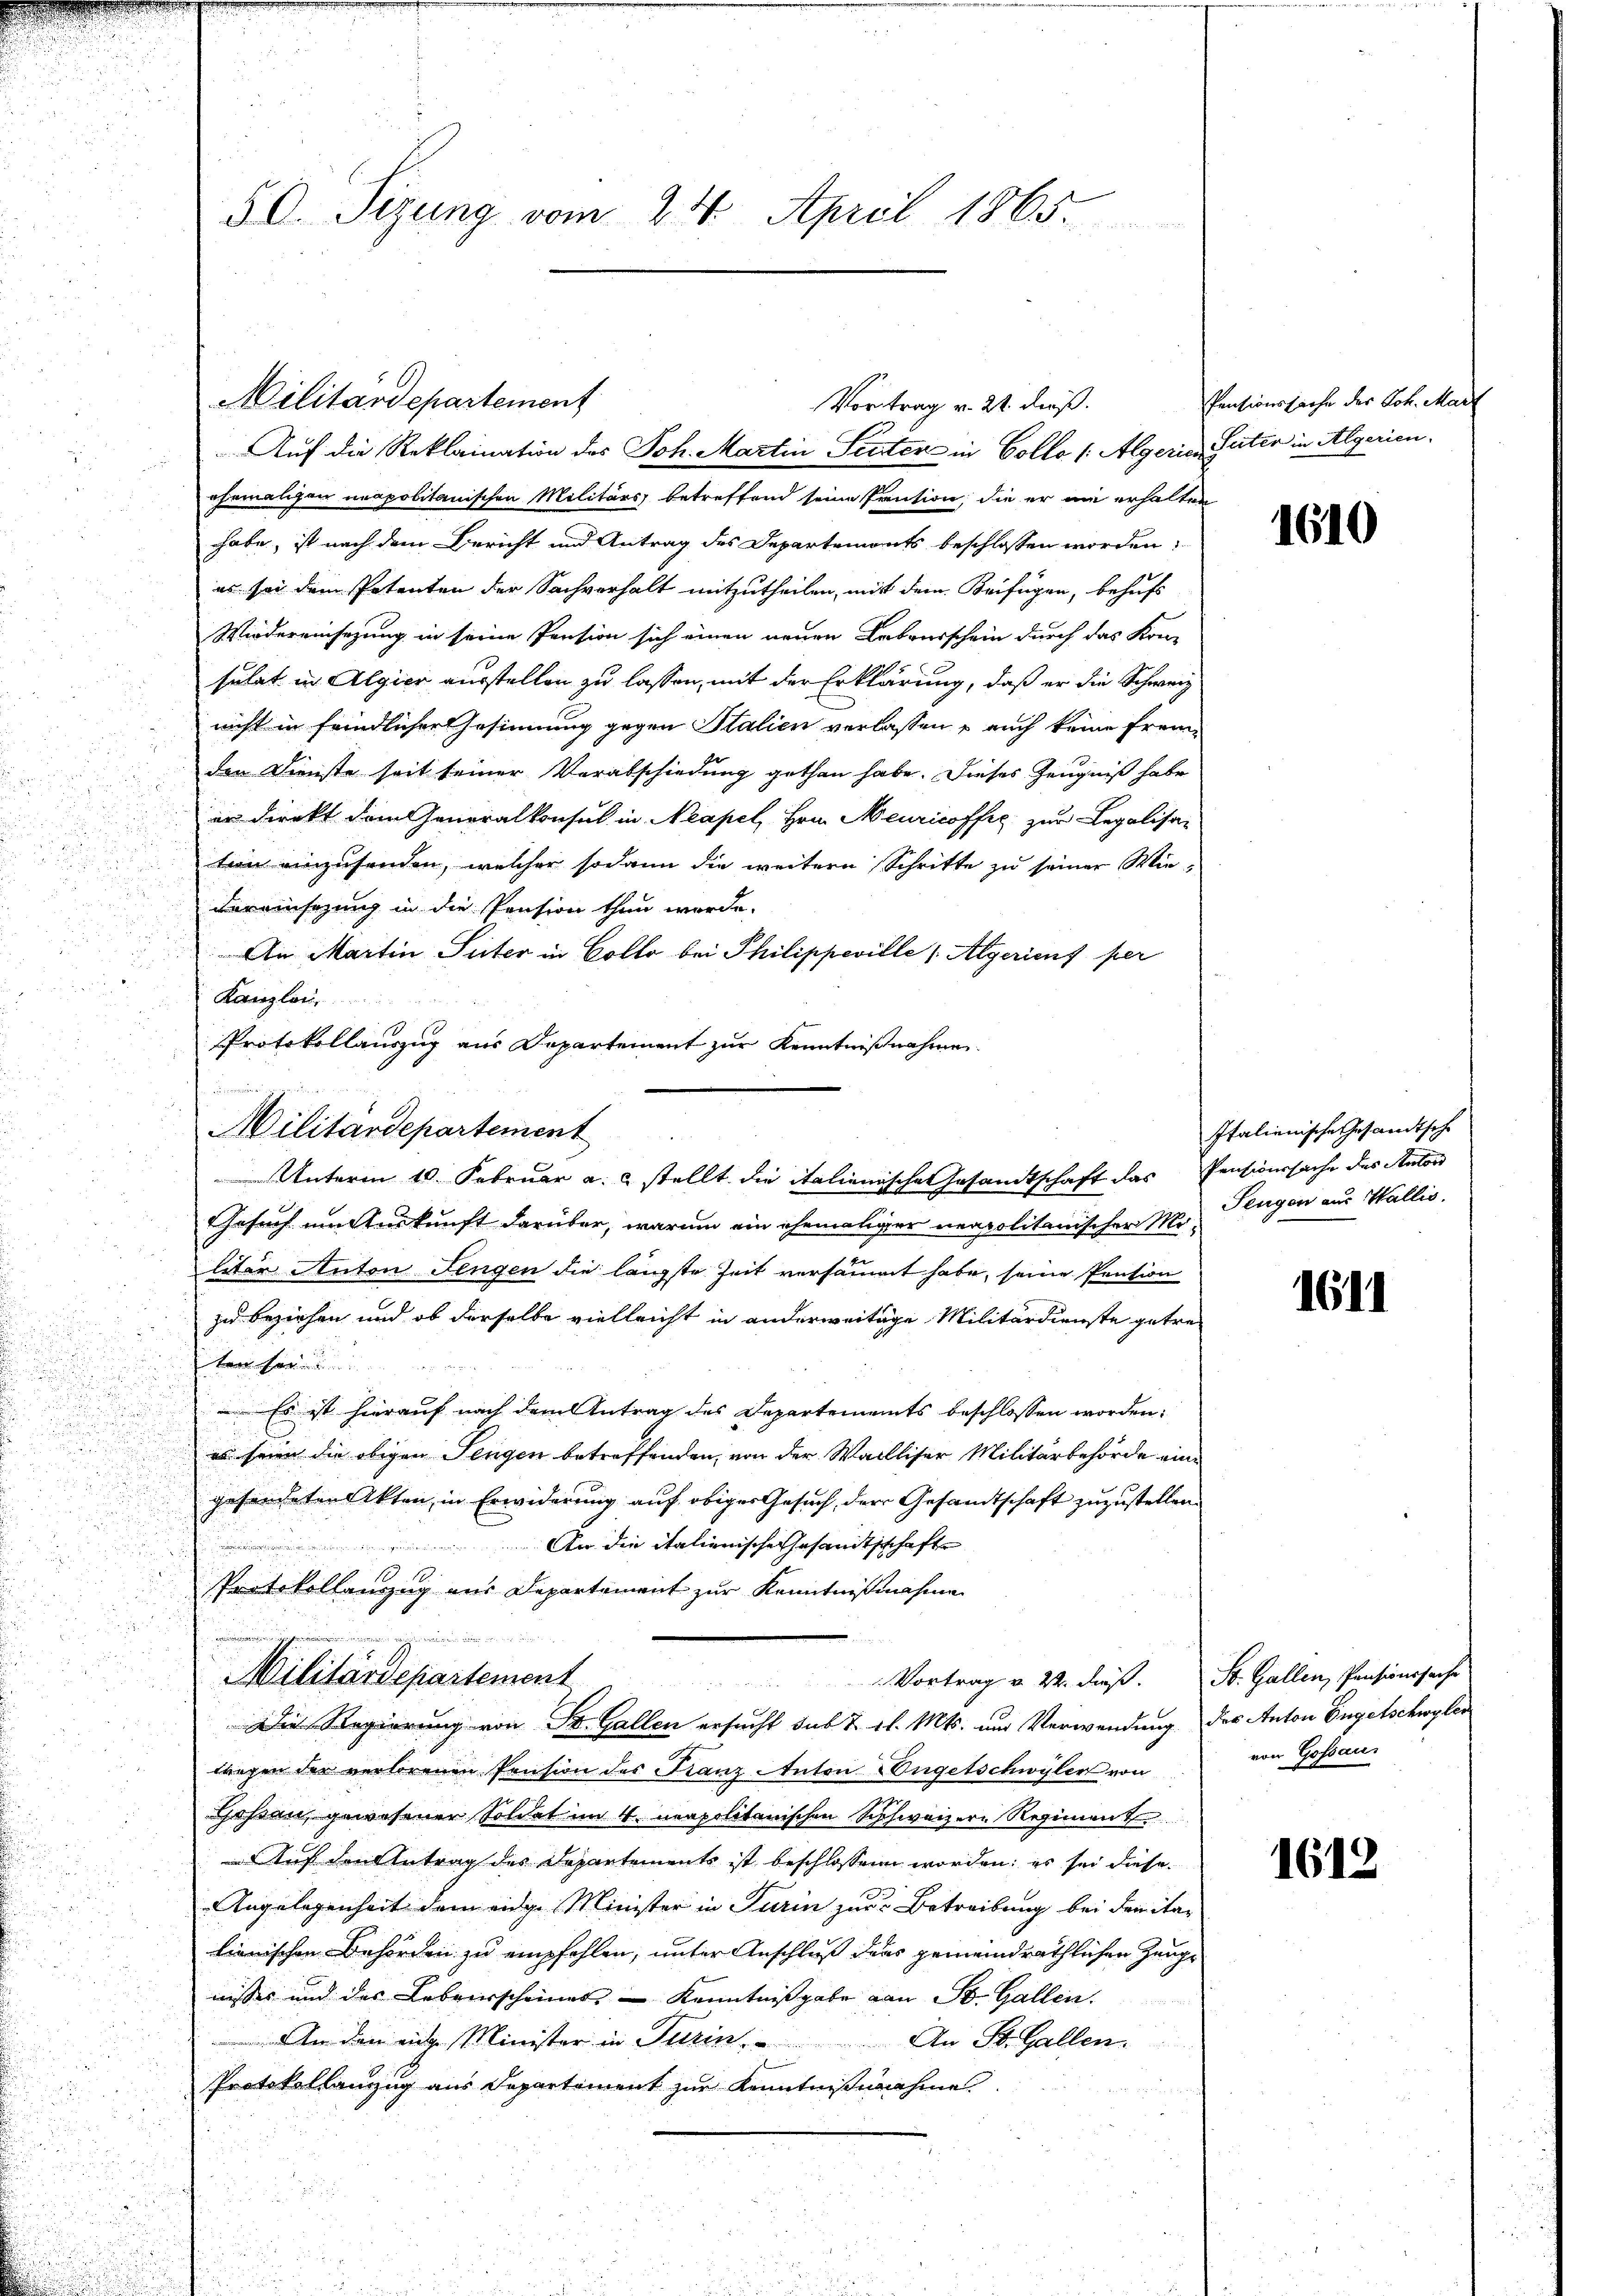
d

50. Sizung vom 24. April 1865.

Auf die Reklaination des Joh. Martin Seiter in Collo /: Algerien Seiter in Algerien,
ehemaligen unapolitanischen Militärs betreffend seine Kaution, die er nie erhalten
habe, ist nach dem Bericht und Antrag des Departemonts beschlossen worden;
es sei dem Petenten der Sachverhalt mitzutheilen, mit dem Beifügen, behufs
Wiedereinsezung in seine Pension sich einen neuen Leberschein durch das Kon-
sulat in Algier ausstellen zu lassen, mit der Erklärung, daß er die Schweiz
nicht in friedlicher Gesinnung gegen Stalien verlassen auch keine Fremden Dienste seit seiner Verabschiedung gethan habe. Dieses Zeugniß habe
er direkt dem Generalkonsul in Neapel, Hrn. Meuricoffig zur Legalisa-
tion einzusenden, welcher sodann die weitere Schritte zu seiner Wie-
5 x

dareinsezung in die Pension thun werde.
An Martin Suter in Collo bei Philippeville 1 Algerient per
Kanzlei,
Protokollauszug aus Departement zur Kenntnißnahme
e
e
Gesuch um Auskunft darüber, warum ein ehemaliger neapolitanischer Militer Anton Lengen die längste Zeit versammt habe, seine Pention
zu beziehen und ob derselbe vielleicht in anderweitige Militärdienste getreten sei.
.
.
 Es ist hierauf nach dem Antrag des Departements beschlossen worden:
u

es seine die obigen Sengen betreffenden, von der Walliser Militärbehörde eingefundeten Akten, in Erwiderung auf obiger Gesuch, der Gesandtschaft zuzustellen.
An die italienische Gesandtschafte

Protokollanzug aus Departement zur Kenntnißnahme

K
i
Vortrag v. 22. dieß. St. Gallen, Pensionssache
Militärdepartement

Die Regierung von St. Gallen ersucht sub T 1l. Mts. und Verwendung des Anton Engelschwyler
u
tragen der verlorenen Pension des Franz Anton Engetschwyler von
25
Goßau, gewesener Soldat im 4. neapolitanischen Schweizern Regiment
Auf den Antrag des Departements ist beschlossen worden; es sei diese
Angelegenheit dem eige Minister in Turin zur Betreibung bei damitar
lienischen Behörden zu empfohlen, unter Anschluß dans gemeindräthlichen Zeuge
nisses und des Lebensscheines - Kenntnißgabe von St. Gallen.
An den einge Minister in Turin,
An St. Gallen.
Protokollanzug aus Departement zur Kenntnißnahme

Militärdepartement

Militärdepartement

Vortrag v. 22. dieß.

Unterm 10. Februar a. stellt die italienische Gesandtschaft das Pensionssache des Autor

Pensionssache des Joh. Mart

1610

Italienische Gesandtsche
Pengen aus Wallis.

1611

von Gossaus

1612